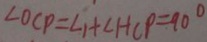
\angle O C P = \angle 1 + \angle H C P = 9 0 ^ { \circ }